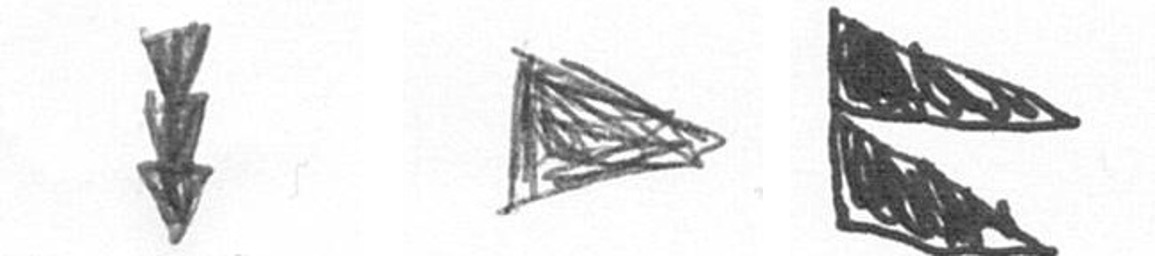
E T P